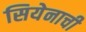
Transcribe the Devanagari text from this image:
सियेनाची